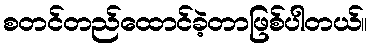
စတင်တည်ထောင်ခဲ့တာဖြစ်ပါတယ်။